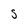
Character: S